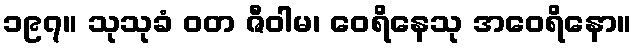
၁၉၇။ သုသုခံ ဝတ ဇီဝါမ၊ ဝေရိနေသု အဝေရိနော။